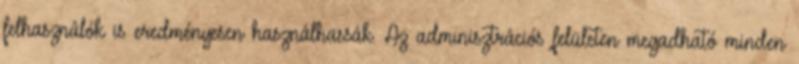
felhasználók is eredményesen használhassák. Az adminisztrációs felületen megadható minden